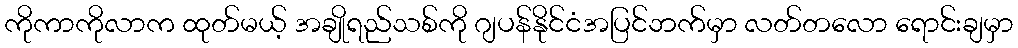
ကိုကာကိုလာက ထုတ်မယ့် အချိုရည်သစ်ကို ဂျပန်နိုင်ငံအပြင်ဘက်မှာ လတ်တလော ရောင်းချမှာ